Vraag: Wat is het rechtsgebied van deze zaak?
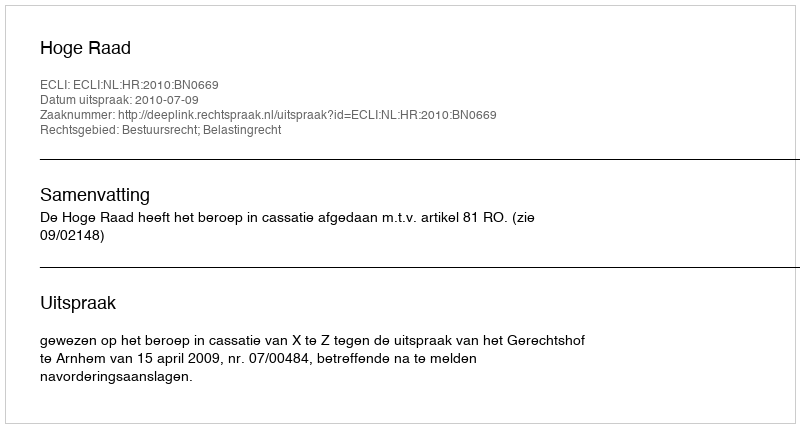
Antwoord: Bestuursrecht; Belastingrecht